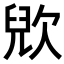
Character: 𣣉